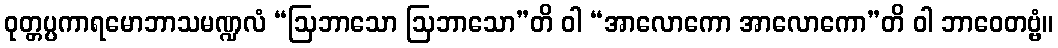
ဝုတ္တပ္ပကာရမောဘာသမဏ္ဍလံ “ဩဘာသော ဩဘာသော”တိ ဝါ “အာလောကော အာလောကော”တိ ဝါ ဘာဝေတဗ္ဗံ။